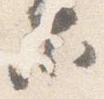
等